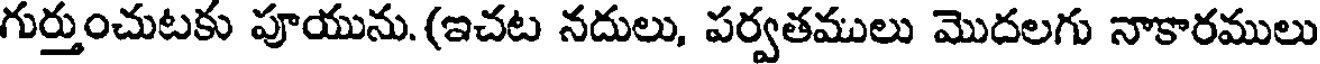
గుర్తుంచుటకు పూయును. (ఇచట నదులు, పర్వతములు మొదలగు నాకారములు